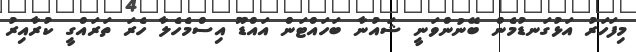
މިފަހަރު އަޅުގަނޑުމެން ބޭނުންވަނީ ޝަައުނާ ބަހައްޓަން އައްޑޫ އިސްމެހެލާ ހެރަ ތަރައްގީ ކުރާއިރު